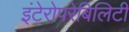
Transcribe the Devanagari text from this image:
इंटेरोपरेबिलिटी